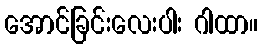
အောင်ခြင်းလေးပါး ဂါထာ။